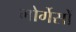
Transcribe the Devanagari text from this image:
मोर्गेसों